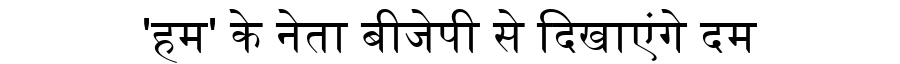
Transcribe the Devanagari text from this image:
'हम' के नेता बीजेपी से दिखाएंगे दम